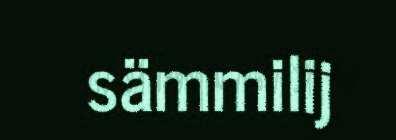
sämmilij